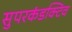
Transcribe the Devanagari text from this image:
सुपरकंडक्टिव